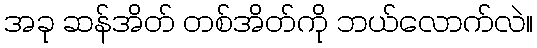
အခု ဆန်အိတ် တစ်အိတ်ကို ဘယ်လောက်လဲ။